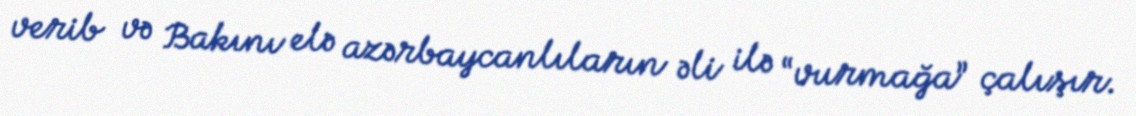
verib və Bakını elə azərbaycanlıların əli ilə “vurmağa” çalışır.